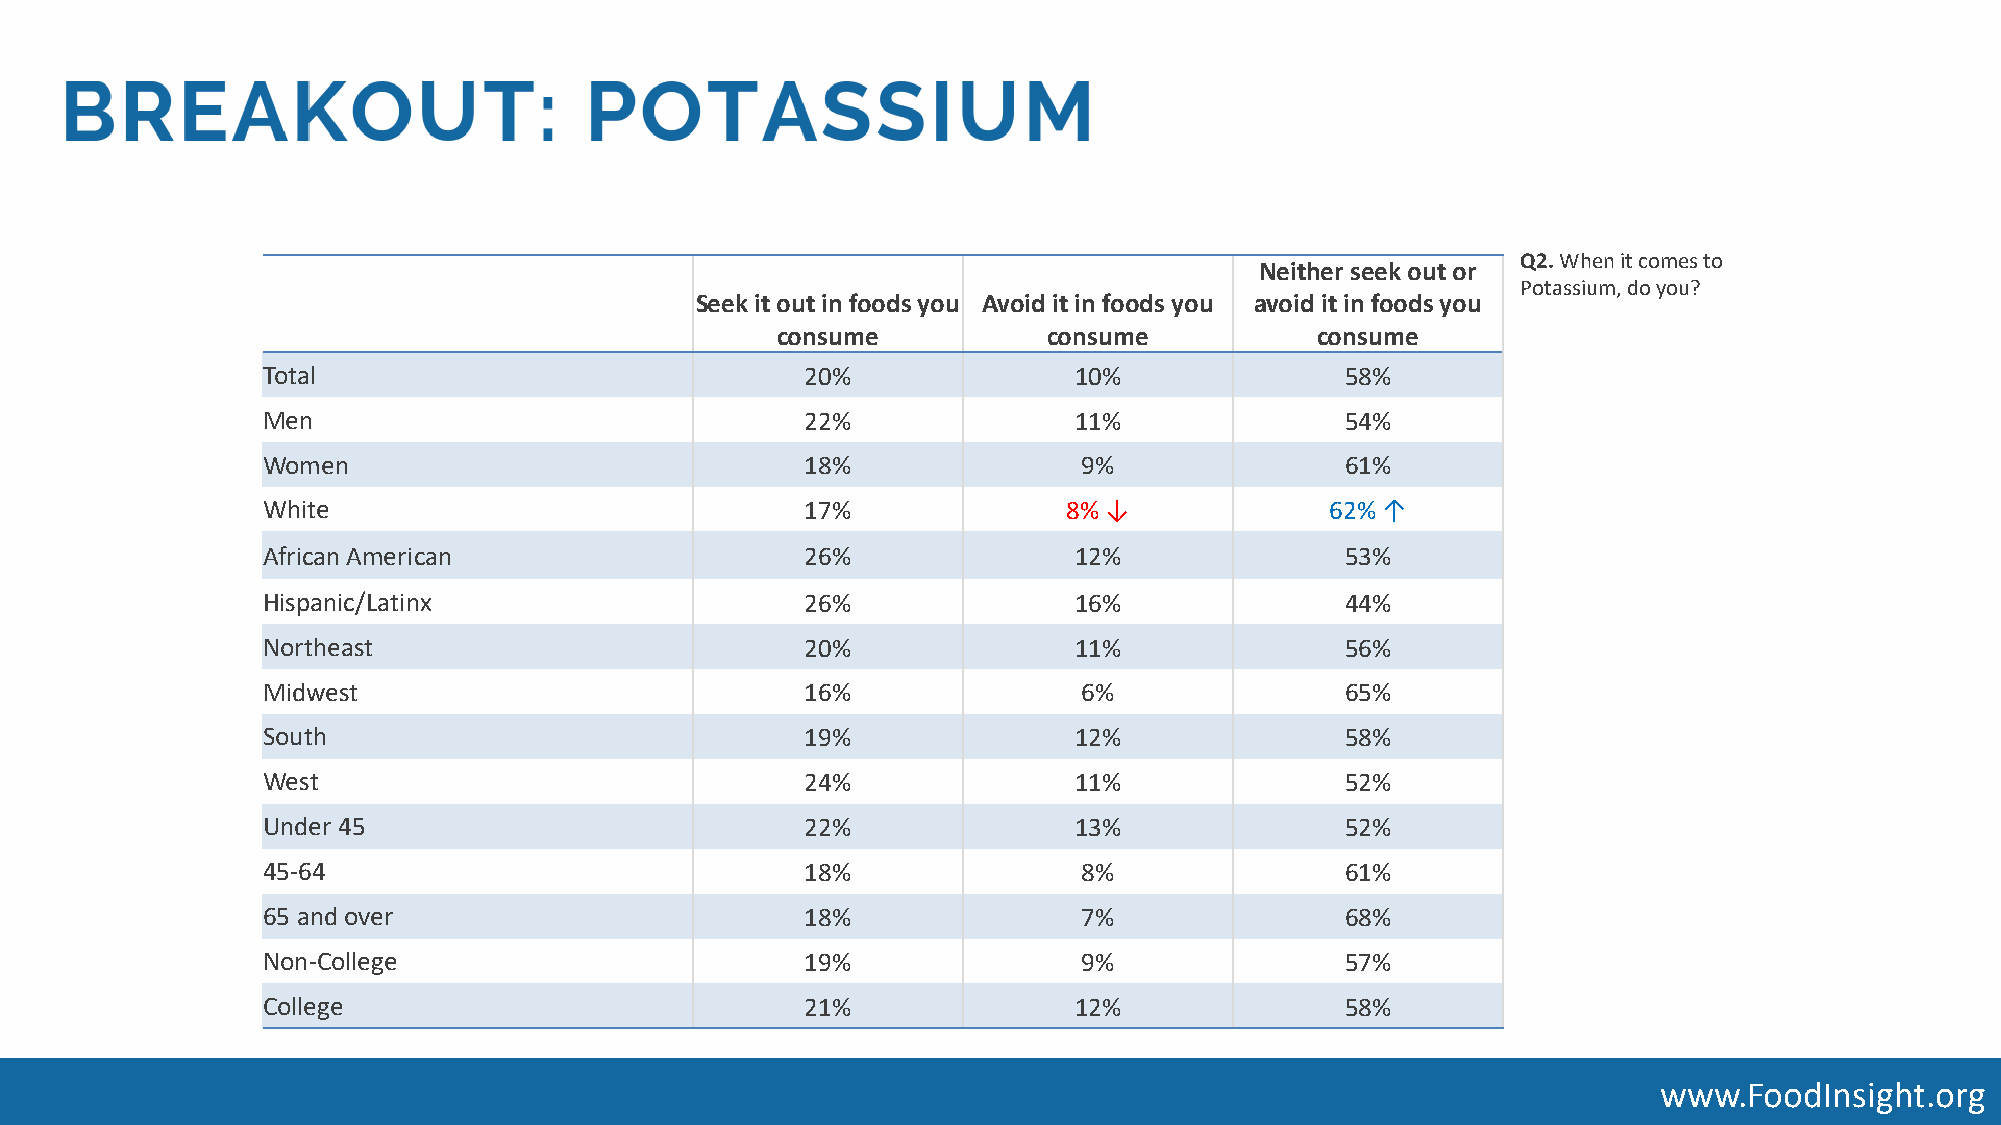
Q2. When it comes to
 Neither seek out or
 Potassium, do you?
 Seek it out in foods you Avoid it in foods you avoid it in foods you
 consume           consume           consume
 Total                               20%               10%               58%
 Men                                 22%               11%               54%
 Women                               18%                9%               61%
 White                               17%               8%↓              62%↑
 African American                    26%               12%               53%
 Hispanic/Latinx                     26%               16%               44%
 Northeast                           20%               11%               56%
 Midwest                             16%                6%               65%
 South                               19%               12%               58%
 West                                24%               11%               52%
 Under 45                            22%               13%               52%
 45-64                               18%                8%               61%
 65 and over                         18%                7%               68%
 Non-College                         19%                9%               57%
 College                             21%               12%               58%
 www.FoodInsight.org